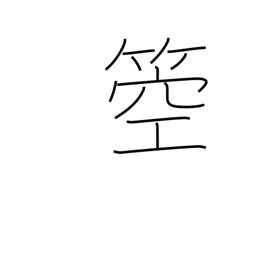
Meaning: type of harp